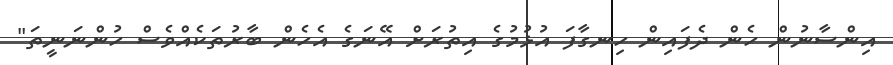
އިންސާނުން ހެން ދެފައިން ހިނގާފަ އުޅުމުގެ އިތުރަށް އޭނަގެ އެހެން ބާރުތަކެއްވެސް ހުންނަނީތަ"